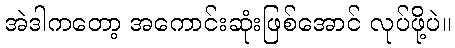
အဲဒါကတော့ အကောင်းဆုံးဖြစ်အောင် လုပ်ဖို့ပဲ။